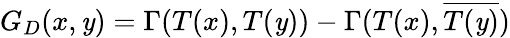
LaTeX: G_{D}(x,\mathit{y})=\Gamma(T(x),T(\mathit{y}))-\Gamma(T(x),\overline{{{T(\mathit{y})}}})